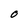
Character: O